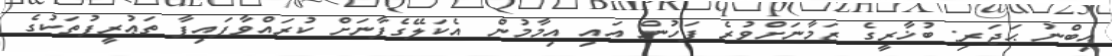
އިބްނު ޙަޖަރި: ބުޚާރީގެ ޒަމާނަށްވުރެ ފަހުން އައި އިމާމުން އެކަލޭގެފާނަށް ކުރައްވާފައިފާ ތަޢުރީފުތަކުގެ